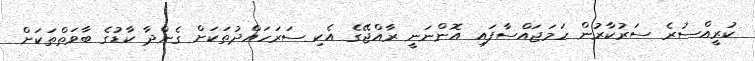
ކުރީއްސުރެ ސަރުކާރުން ހަމަޖައްސާފައި އޮންނަނީ ރާއްޖޭގެ އެކި ސަރަހައްދުތަކަށް ގެންދާ ކާޑުގެ ބާވަތްތަކަށް